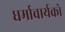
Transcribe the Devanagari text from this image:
धर्माचार्यको